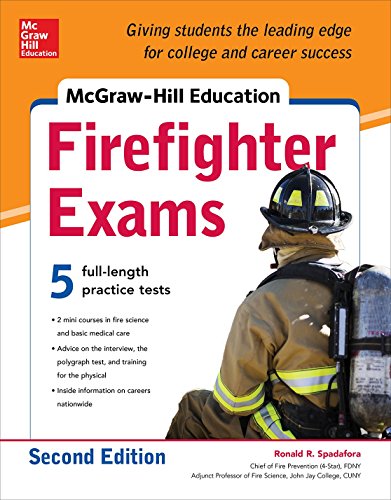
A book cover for McGraw-Hill Education Firefighter Exam, 2nd Edition; Ronald Spadafora; Test Preparation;